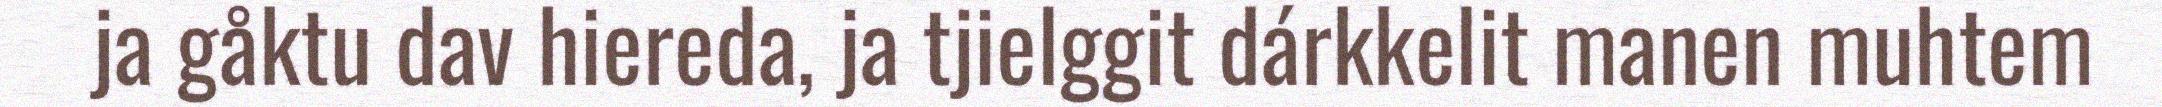
ja gåktu dav hiereda, ja tjielggit dárkkelit manen muhtem